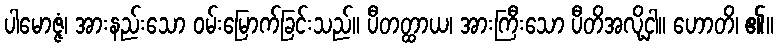
ပါမောဇ္ဇံ၊ အားနည်းသော ဝမ်းမြောက်ခြင်းသည်။ ပီတတ္ထာယ၊ အားကြီးသော ပီတိအလို့ငှါ။ ဟောတိ၊ ၏။